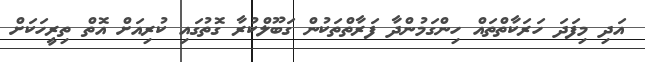
އަދި މިފަަދަ ހަރަކާތްތައް ހިންގަމުންދާ ފަރާތްތަކުން ގަބޫލްކުރާ ގޮތުގައި ކުރިއަށް އޮތް ތިރީހަކަށް